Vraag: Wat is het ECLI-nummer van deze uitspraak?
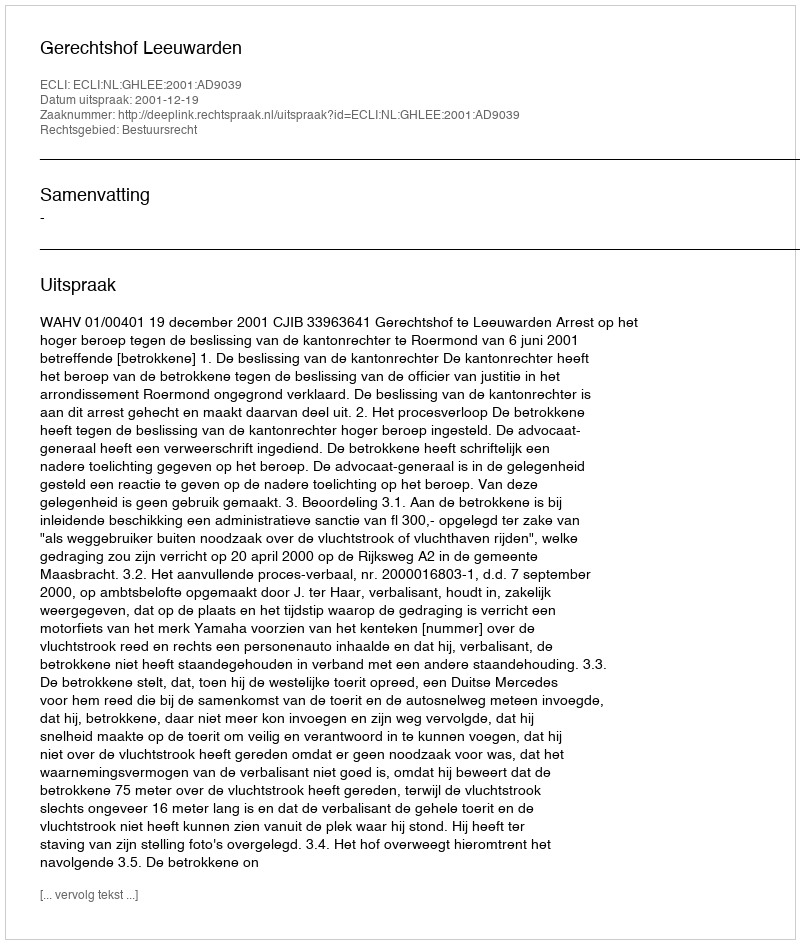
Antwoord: ECLI:NL:GHLEE:2001:AD9039